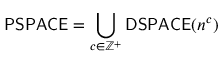
{ \mathsf { P S P A C E } } = \bigcup _ { c \in \mathbb { Z } ^ { + } } { \mathsf { D S P A C E } } ( n ^ { c } )